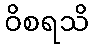
ဝိစရသိ